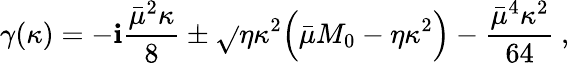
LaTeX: \gamma(\kappa)=-\mathbf{i}\displaystyle\frac{{\bar{{\mu}}^{2}\kappa}}{{8}}\pm\sqrt{}{{\eta\kappa^{2}\Bigl(\bar{{\mu}}M_{0}-\eta\kappa^{2}\Bigr)-\frac{{\bar{{\mu}}^{4}\kappa^{2}}}{{64}}}}\: ,